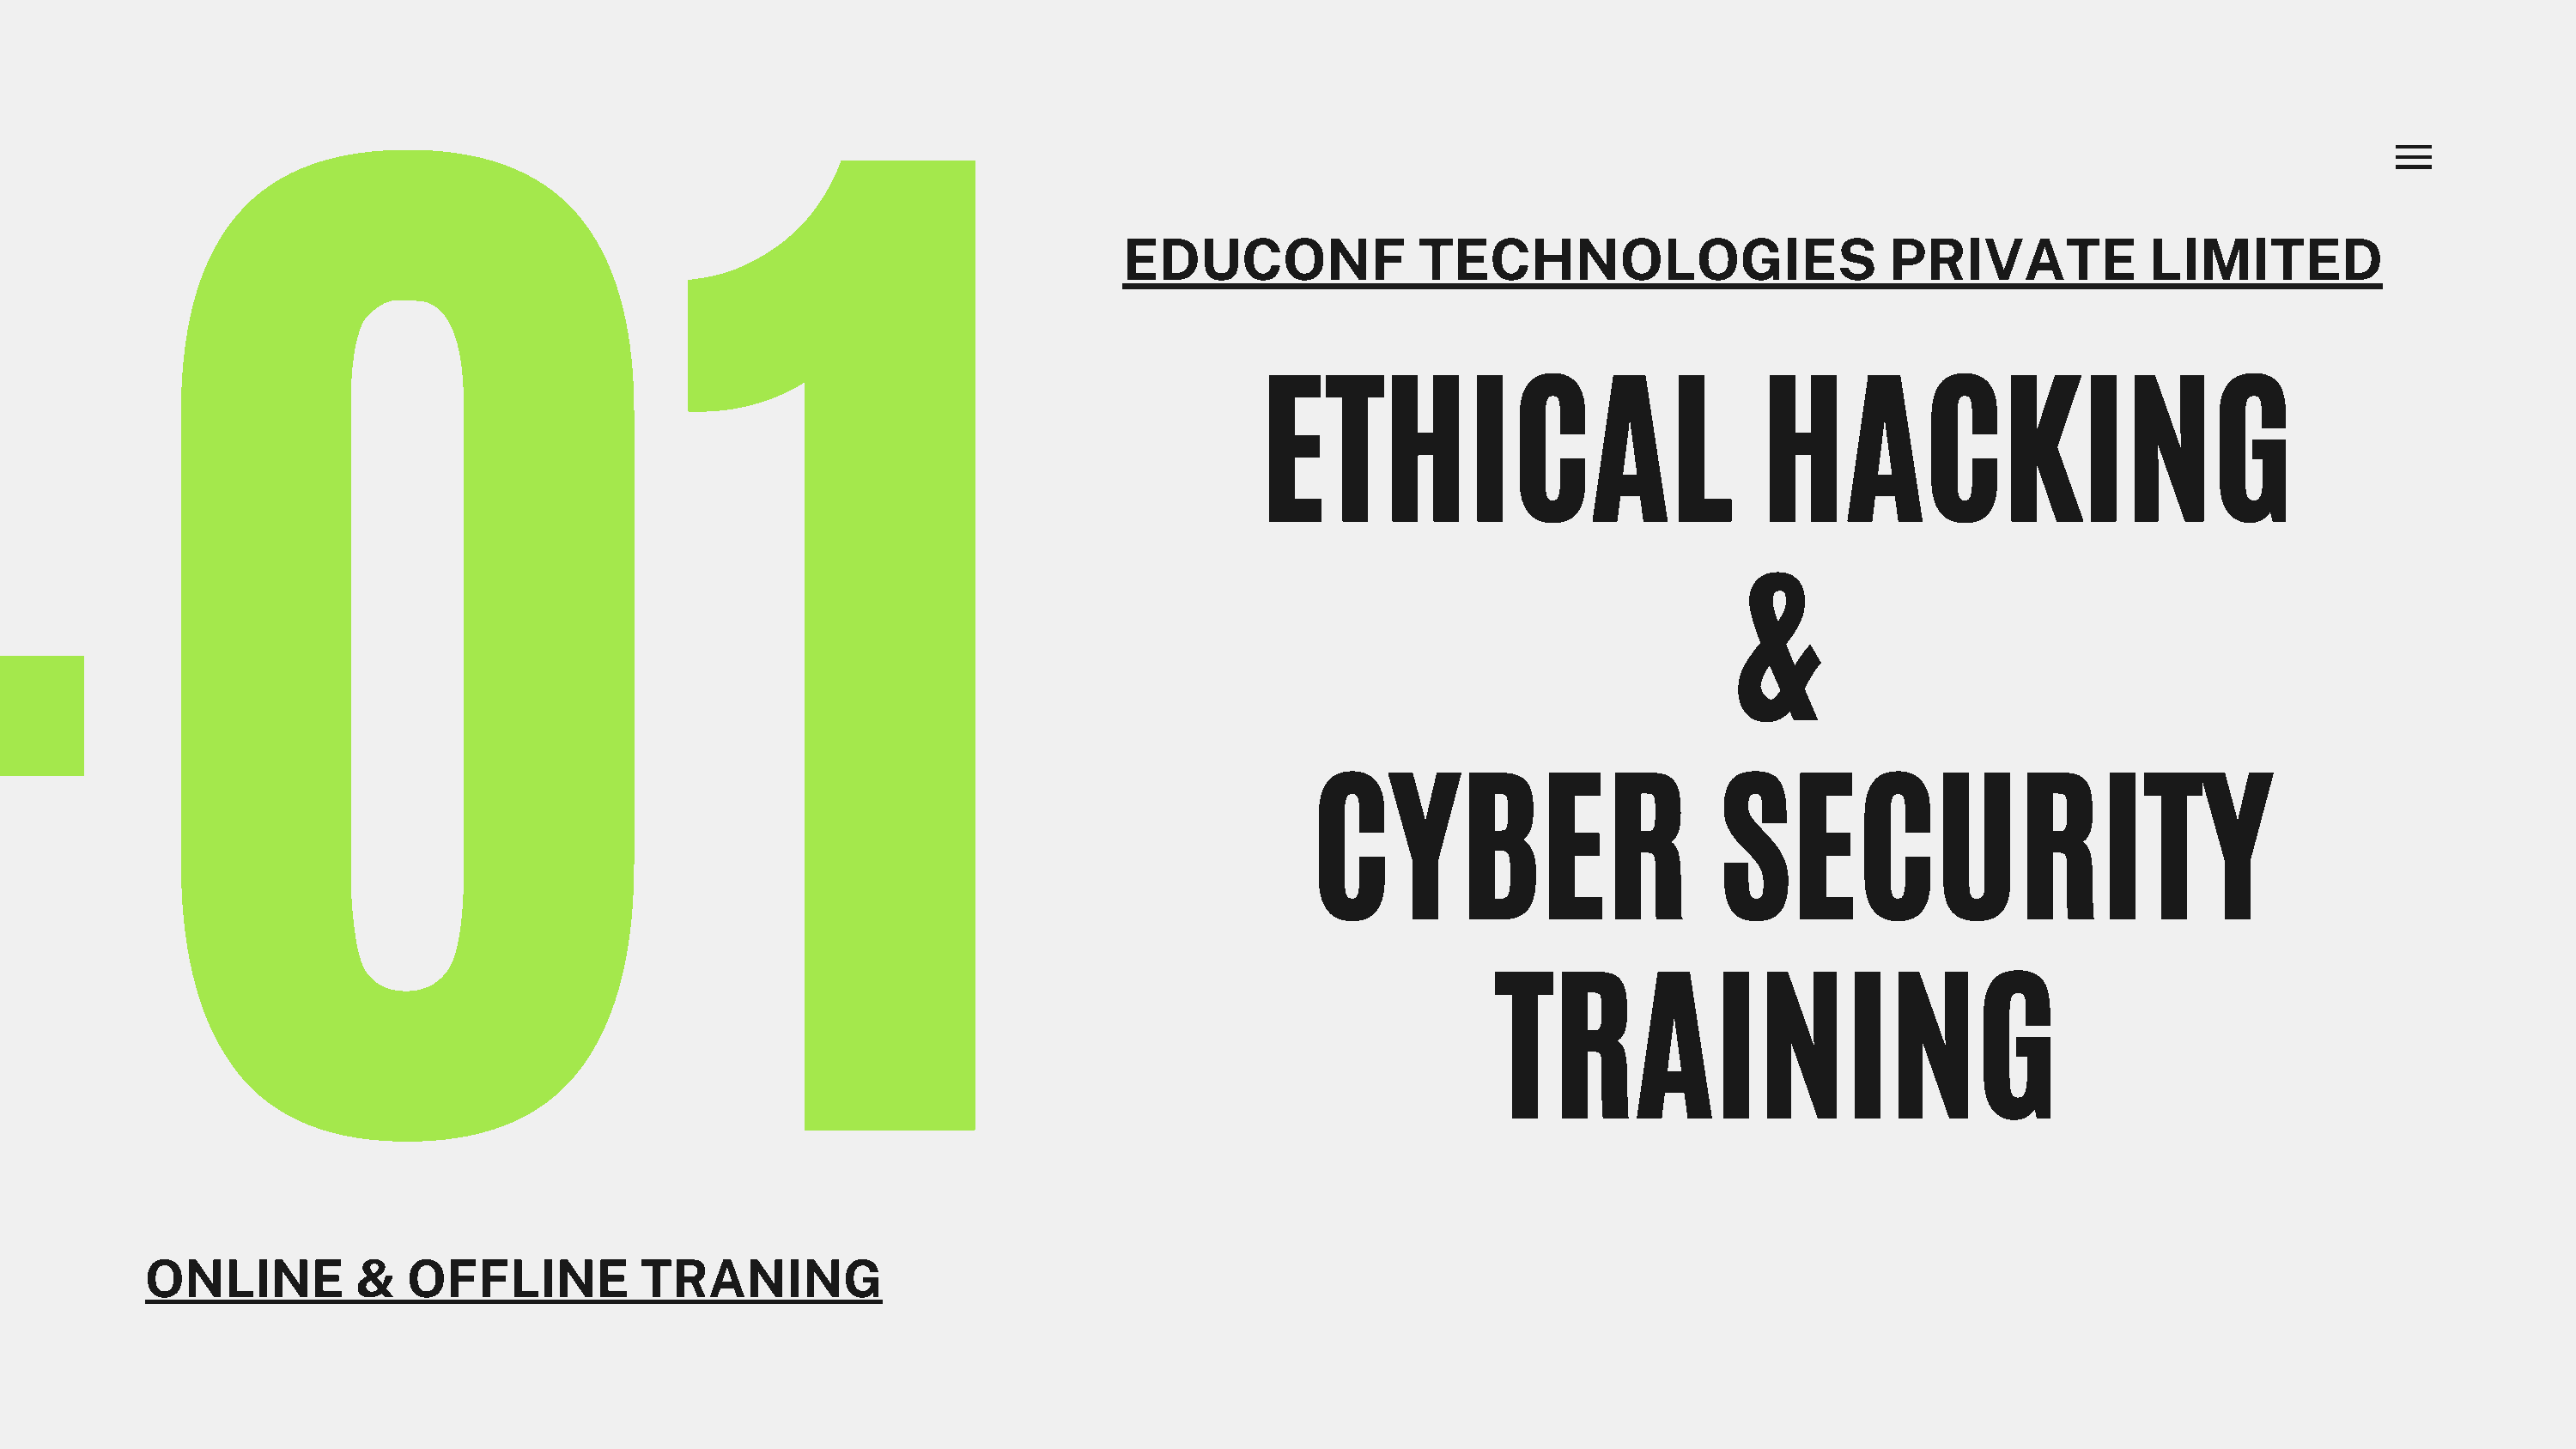
EDUCONF               TECHNOLOGIES                         PRIVATE             LIMITED
 -01
 ETHICAL                                HACKING
 &
 CYBER                          SECURITY
 TRAINING
 ONLINE          &   OFFLINE           TRANING